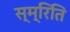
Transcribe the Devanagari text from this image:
स्म्रिति